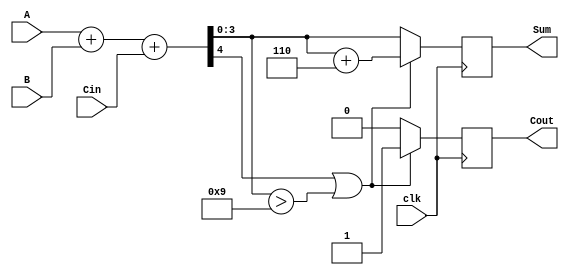
module BCD_Synchronous_Adder (
    input wire [3:0] A,        // First BCD digit (0-9)
    input wire [3:0] B,        // Second BCD digit (0-9)
    input wire Cin,            // Carry-in
    input wire clk,            // Clock signal
    output reg [3:0] Sum,      // Resulting BCD digit (0-9)
    output reg Cout            // Carry-out
);

// Intermediate signals
wire [4:0] S;               // 5-bit sum (to hold A + B + Cin)
wire correction_needed;      // Flag to indicate if correction is needed

// Perform addition on rising edge of the clock
always @(posedge clk) begin
    // Step 1: Binary addition
    S = A + B + Cin;          // S[4:0] = A + B + Cin

    // Step 2: Check if correction is needed
    if (S[4] || (S[3:0] > 4'b1001)) begin
        // Correction needed, add 6 (0110 in binary)
        Sum = S[3:0] + 4'b0110; // Correct the sum
        Cout = 1;               // Set carry-out
    end else begin
        Sum = S[3:0];           // No correction needed
        Cout = 0;               // No carry-out
    end
end

endmodule